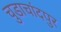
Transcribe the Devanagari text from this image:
चुडाचांदपुर